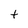
Character: t